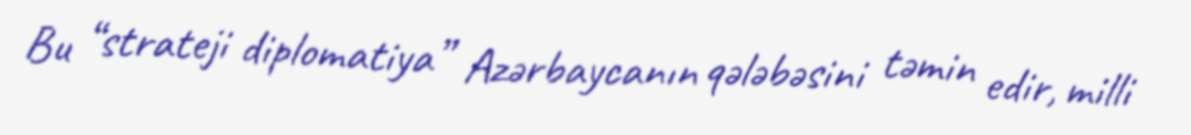
Bu “strateji diplomatiya” Azərbaycanın qələbəsini təmin edir, milli